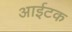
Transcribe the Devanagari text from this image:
आईटक